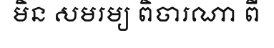
មិន សមរម្យ ពិចារណា ពី